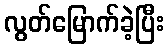
လွတ်မြောက်ခဲ့ပြီး